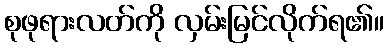
စုဖုရားလတ်ကို လှမ်းမြင်လိုက်ရ၏။